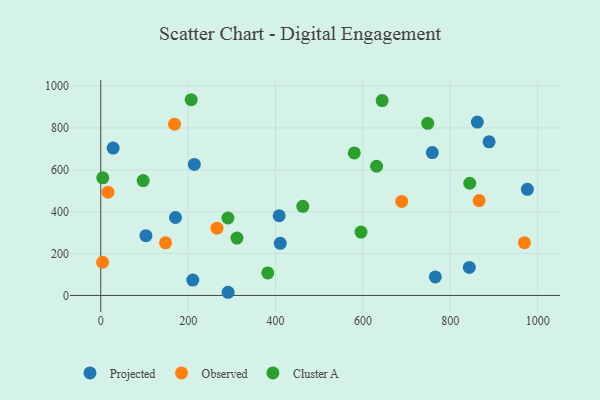
{"axis": {"x": "Speed", "y": "Salary"}, "legend": ["Cluster A", "Observed", "Projected"], "data": [{"x": "410.9", "y": 248.9, "type": "Projected"}, {"x": "28.3", "y": 703.8, "type": "Projected"}, {"x": "171.1", "y": 372.3, "type": "Projected"}, {"x": "214.2", "y": 625.8, "type": "Projected"}, {"x": "103.4", "y": 285.6, "type": "Projected"}, {"x": "888.8", "y": 734.0, "type": "Projected"}, {"x": "976.5", "y": 507.1, "type": "Projected"}, {"x": "291.5", "y": 15.1, "type": "Projected"}, {"x": "758.9", "y": 682.2, "type": "Projected"}, {"x": "210.7", "y": 73.6, "type": "Projected"}, {"x": "765.8", "y": 88.6, "type": "Projected"}, {"x": "408.4", "y": 380.7, "type": "Projected"}, {"x": "843.6", "y": 133.6, "type": "Projected"}, {"x": "862.0", "y": 827.9, "type": "Projected"}, {"x": "4.3", "y": 158.5, "type": "Observed"}, {"x": "969.7", "y": 251.8, "type": "Observed"}, {"x": "688.9", "y": 449.1, "type": "Observed"}, {"x": "148.4", "y": 251.5, "type": "Observed"}, {"x": "168.8", "y": 818.1, "type": "Observed"}, {"x": "866.1", "y": 453.1, "type": "Observed"}, {"x": "266.1", "y": 321.4, "type": "Observed"}, {"x": "16.5", "y": 493.4, "type": "Observed"}, {"x": "580.3", "y": 680.6, "type": "Cluster A"}, {"x": "595.7", "y": 302.7, "type": "Cluster A"}, {"x": "97.1", "y": 548.9, "type": "Cluster A"}, {"x": "207.0", "y": 934.9, "type": "Cluster A"}, {"x": "4.6", "y": 561.7, "type": "Cluster A"}, {"x": "748.4", "y": 822.2, "type": "Cluster A"}, {"x": "291.2", "y": 369.8, "type": "Cluster A"}, {"x": "382.3", "y": 107.3, "type": "Cluster A"}, {"x": "462.4", "y": 425.7, "type": "Cluster A"}, {"x": "311.8", "y": 273.9, "type": "Cluster A"}, {"x": "631.3", "y": 617.0, "type": "Cluster A"}, {"x": "644.1", "y": 930.8, "type": "Cluster A"}, {"x": "844.6", "y": 536.0, "type": "Cluster A"}]}